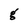
Character: g